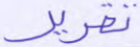
تقرير